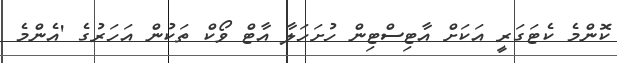
ކޮންމެ ކެޓަގަރީ އަކަށް އާޓިސްޓިން ހުށަހަލާ އާޓް ވޯކް ތަކުން އަހަރުގެ 'އެންމެ